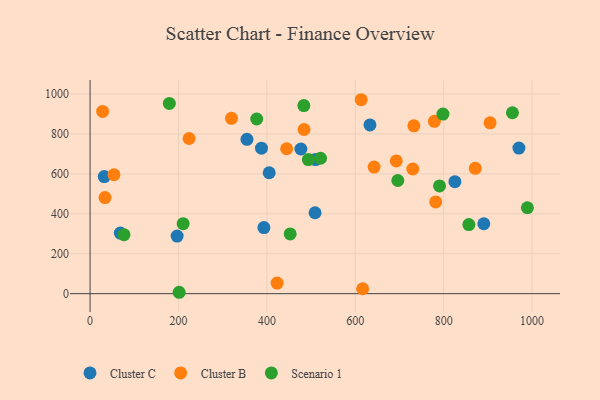
{"axis": {"x": "Study Hours", "y": "Sales"}, "legend": ["Cluster B", "Cluster C", "Scenario 1"], "data": [{"x": "476.9", "y": 724.3, "type": "Cluster C"}, {"x": "510.0", "y": 671.5, "type": "Cluster C"}, {"x": "970.2", "y": 729.1, "type": "Cluster C"}, {"x": "32.1", "y": 586.2, "type": "Cluster C"}, {"x": "509.0", "y": 405.1, "type": "Cluster C"}, {"x": "405.2", "y": 605.4, "type": "Cluster C"}, {"x": "393.3", "y": 330.7, "type": "Cluster C"}, {"x": "197.0", "y": 288.4, "type": "Cluster C"}, {"x": "354.9", "y": 772.8, "type": "Cluster C"}, {"x": "387.8", "y": 728.6, "type": "Cluster C"}, {"x": "68.4", "y": 303.3, "type": "Cluster C"}, {"x": "890.8", "y": 350.1, "type": "Cluster C"}, {"x": "633.2", "y": 844.9, "type": "Cluster C"}, {"x": "825.4", "y": 560.8, "type": "Cluster C"}, {"x": "484.1", "y": 822.0, "type": "Cluster B"}, {"x": "319.9", "y": 877.8, "type": "Cluster B"}, {"x": "642.6", "y": 633.6, "type": "Cluster B"}, {"x": "732.5", "y": 840.1, "type": "Cluster B"}, {"x": "871.4", "y": 627.5, "type": "Cluster B"}, {"x": "692.7", "y": 664.8, "type": "Cluster B"}, {"x": "904.9", "y": 855.3, "type": "Cluster B"}, {"x": "54.0", "y": 595.3, "type": "Cluster B"}, {"x": "423.2", "y": 53.0, "type": "Cluster B"}, {"x": "781.9", "y": 459.2, "type": "Cluster B"}, {"x": "444.7", "y": 725.6, "type": "Cluster B"}, {"x": "613.4", "y": 971.0, "type": "Cluster B"}, {"x": "33.8", "y": 480.9, "type": "Cluster B"}, {"x": "28.4", "y": 912.5, "type": "Cluster B"}, {"x": "616.6", "y": 24.6, "type": "Cluster B"}, {"x": "730.1", "y": 624.1, "type": "Cluster B"}, {"x": "224.0", "y": 776.9, "type": "Cluster B"}, {"x": "778.9", "y": 862.9, "type": "Cluster B"}, {"x": "696.2", "y": 566.6, "type": "Scenario 1"}, {"x": "201.5", "y": 7.0, "type": "Scenario 1"}, {"x": "856.9", "y": 346.1, "type": "Scenario 1"}, {"x": "452.7", "y": 298.9, "type": "Scenario 1"}, {"x": "210.6", "y": 350.3, "type": "Scenario 1"}, {"x": "790.6", "y": 539.5, "type": "Scenario 1"}, {"x": "798.3", "y": 899.0, "type": "Scenario 1"}, {"x": "377.0", "y": 874.4, "type": "Scenario 1"}, {"x": "179.3", "y": 952.3, "type": "Scenario 1"}, {"x": "955.5", "y": 905.7, "type": "Scenario 1"}, {"x": "521.4", "y": 678.0, "type": "Scenario 1"}, {"x": "483.6", "y": 941.7, "type": "Scenario 1"}, {"x": "493.8", "y": 671.4, "type": "Scenario 1"}, {"x": "76.7", "y": 295.3, "type": "Scenario 1"}, {"x": "989.3", "y": 430.2, "type": "Scenario 1"}]}